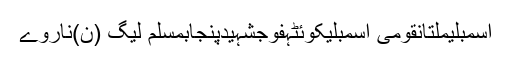
اسمبلیملتانقومی اسمبلیکوئٹہفوجشہیدپنجابمسلم لیگ (ن)ناروے